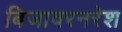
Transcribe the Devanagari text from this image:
बिजावरनरेश